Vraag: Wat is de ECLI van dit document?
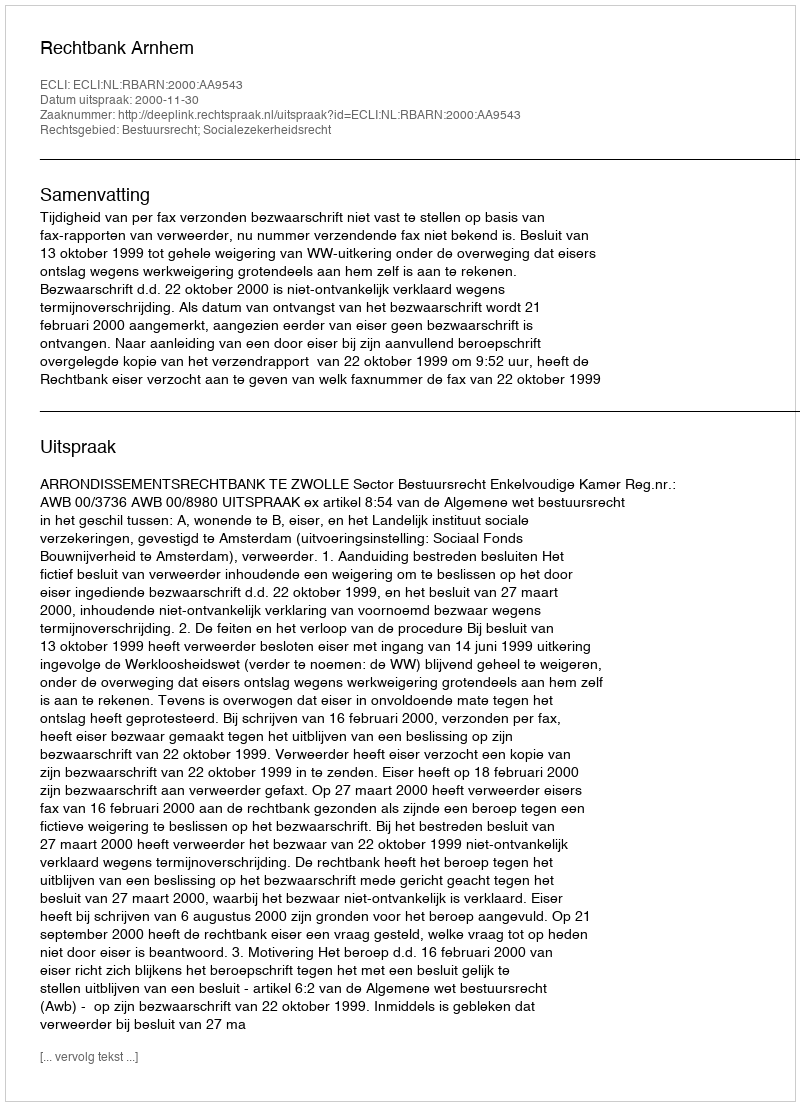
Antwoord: ECLI:NL:RBARN:2000:AA9543